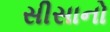
સીસાનો